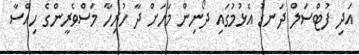
އަދި ފުޓްސަލް ދަނޑު އެޅުމުގައި ދޯނިން މަހަށް ދާ ހުރިހާ މަސްވެރީންގެ ހިއްސާ